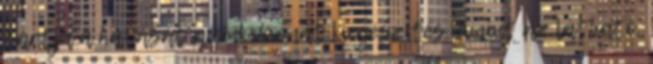
tartja a hatását a cink-humát kiegészítés. Amint az látható,